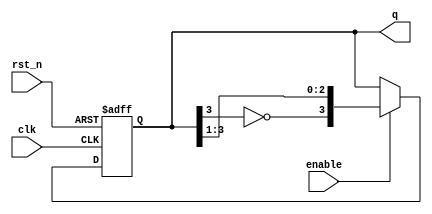
module johnson_counter (
    input wire clk,          // Clock input
    input wire rst_n,       // Active low reset
    input wire enable,      // Enable signal
    output reg [3:0] q      // 4-bit output representing the current state
);

    // State transition logic
    always @(posedge clk or negedge rst_n) begin
        if (!rst_n) begin
            // Asynchronous reset to initial state
            q <= 4'b0000;
        end else if (enable) begin
            // Johnson Counter state transition
            q <= {~q[3], q[3:1]}; // Shift and invert the last bit
        end
    end

endmodule